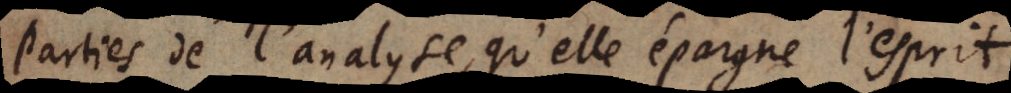
parties de l’analyse, qu’elle épargne l’esprit